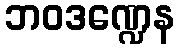
ဘဝဒဏ္ဍေန